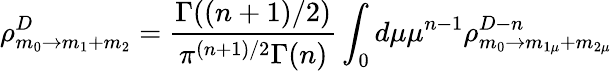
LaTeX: \rho_{m_{0}\rightarrow m_{1}+m_{2}}^{D}=\frac{\Gamma((n+1)/2)}{\pi^{(n+1)/2}\Gamma(n)}\int_{0}d\mu\mu^{n-1}\rho_{m_{0}\rightarrow m_{1\mu}+m_{2\mu}}^{D-n}